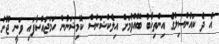
އެ ދެ ކައުންސިލްގެ އިންތިހާބު ބޭއްވުމަށް އިލެކްޝަންސް ކޮމިޝަނުން ހަމަޖައްސާފައި ވަނީ ޖޫން